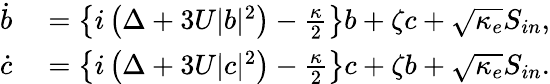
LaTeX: \begin{array}{rl}{\dot{b}}&{{}=\left\{ i\left(\Delta+3U|b|^{2}\right)-\frac{\kappa}{2}\right\} b+\zeta c+\sqrt{\kappa_{e}}S_{in},}\\ {\dot{c}}&{{}=\left\{ i\left(\Delta+3U|c|^{2}\right)-\frac{\kappa}{2}\right\} c+\zeta b+\sqrt{\kappa_{e}}S_{in}.}\end{array}